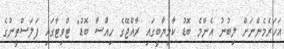
އަހަރެމެންނަށް ލިބުނު އެންމެ ބޮޑު ކާމިޔާބީގައި ރާއްޖޭގެ ހިއްސާ ބޮޑު" ޓްވިޓާގައި ފަލަސްތީނުގެ